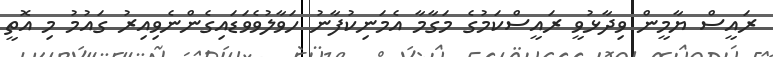
ރައީސް ޔާމީން ވިދާޅުވީ ރައީސްކަމުގެ މަގާމާ އެމަނިކުފާނު ހަވާލުވެވަޑައިގެންނެވިއިރު ގައުމު މި އޮތީ